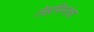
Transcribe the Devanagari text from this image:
तेहमिनांचा